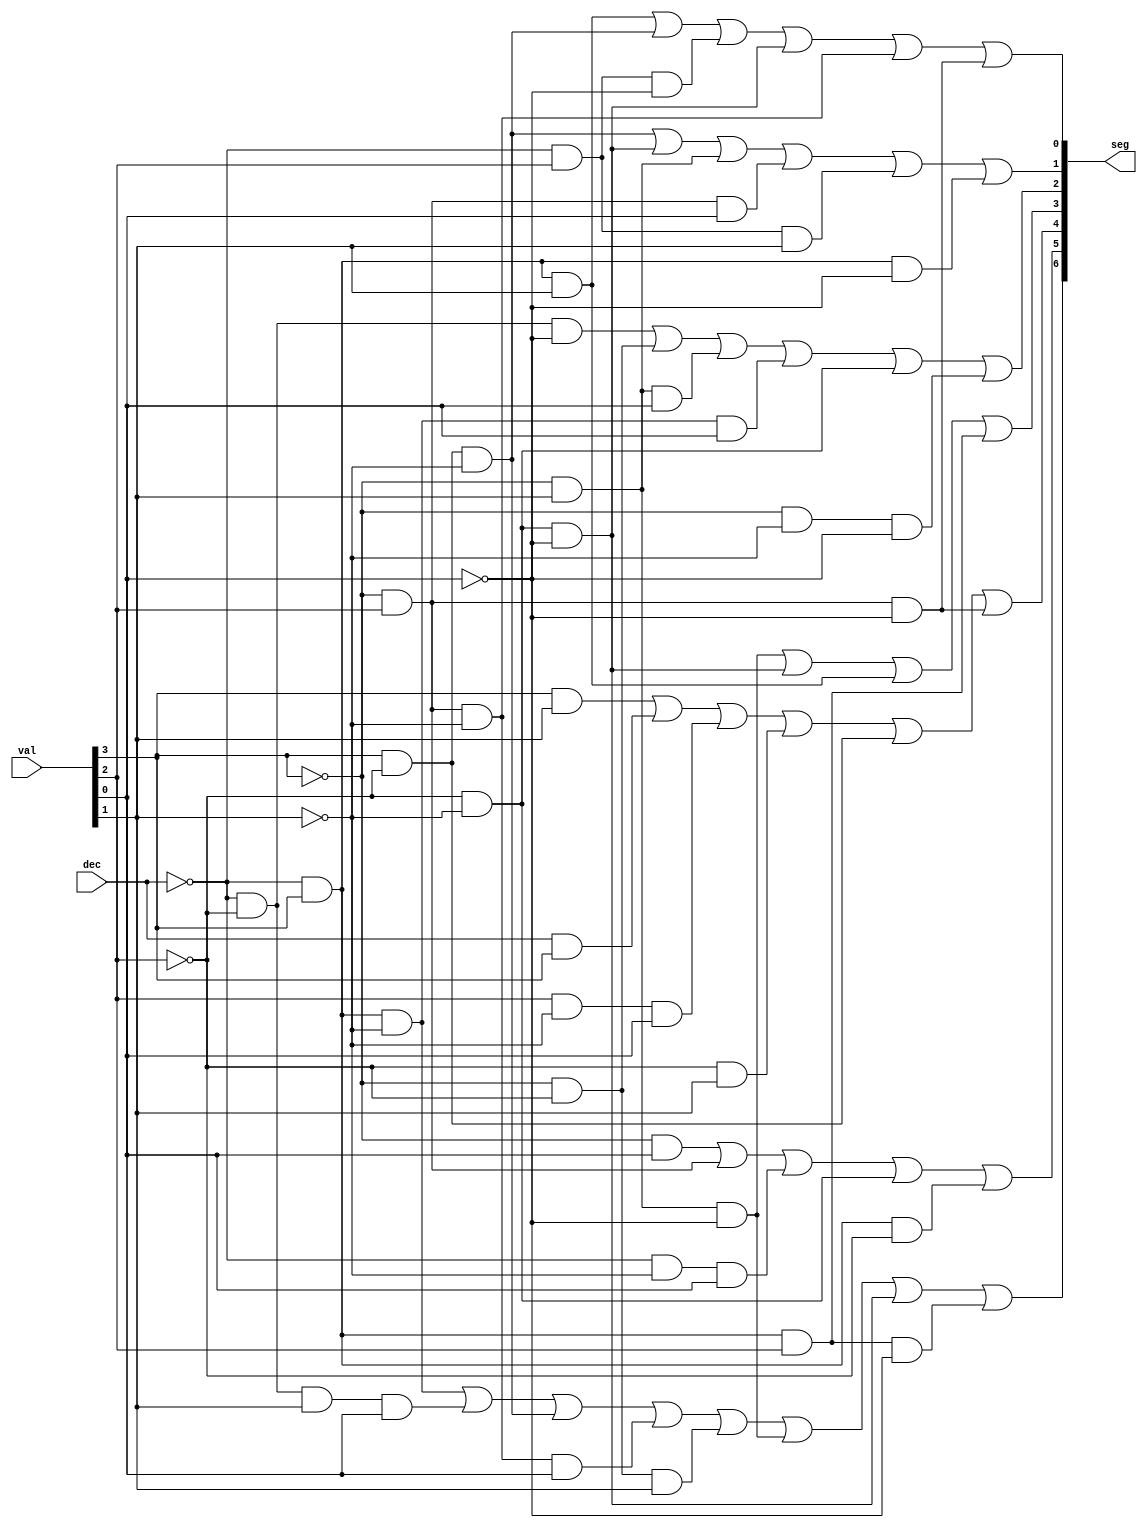
/*
PL_L0_BCD7.v - implements a purely async/combinatorial BCD to 7-segment converter.

val is a 4-bit input of the value we want to display
dec is 1 if we only want to display 0-9, 0 if we want 0-F. Values A-F when dec is 1 will just show "-"
- maybe blank later but for now do a - so we know something is being driven.
seg represents the 7 segments on the display, active high. Will probably invert to drive LEDs.

Where the segments are numbered thus:
     ___
  0 | 1 | 2
    |___|
  3 | 4 | 5
    |___|
      6

So 1 is the top one there, others should be pretty unambiguous.

Truth table: in all cases lsb to right
    dec  val   seg            seg(hex)
  0:  0  0000  1 1 0  1 1 1 1 (6F)
  1:  0  0001  0 1 0  0 1 0 0 (24)
  2:  0  0010  1 0 1  1 1 1 0 (5E)
  3:  0  0011  1 1 1  0 1 1 0 (76)
  4:  0  0100  0 1 1  0 1 0 1 (35)
  5:  0  0101  1 1 1  0 0 1 1 (73)
  6:  0  0110  1 1 1  1 0 1 1 (7B)
  7:  0  0111  0 1 0  0 1 1 0 (26)
  8:  0  1000  1 1 1  1 1 1 1 (7F)
  9:  0  1001  1 1 1  0 1 1 1 (77)
  A:  0  1010  0 1 1  1 1 1 1 (3F)
  B:  0  1011  1 1 1  1 0 0 1 (79)
  C:  0  1100  1 0 0  1 0 1 1 (4B)
  D:  0  1101  1 1 1  1 1 0 0 (7C)
  E:  0  1110  1 0 1  1 0 1 1 (5B)
  F:  0  1111  0 0 1  1 0 1 1 (1B)

  0:  1  0000  1 1 0  1 1 1 1 (6F)
  1:  1  0001  0 1 0  0 1 0 0 (24)
  2:  1  0010  1 0 1  1 1 1 0 (5E)
  3:  1  0011  1 1 1  0 1 1 0 (76)
  4:  1  0100  0 1 1  0 1 0 1 (35)
  5:  1  0101  1 1 1  0 0 1 1 (73)
  6:  1  0110  1 1 1  1 0 1 1 (7B)
  7:  1  0111  0 1 0  0 1 1 0 (26)
  8:  1  1000  1 1 1  1 1 1 1 (7F)
  9:  1  1001  1 1 1  0 1 1 1 (77)
  A:  1  1010  0 0 1  0 0 0 0 (10)
  B:  1  1011  0 0 1  0 0 0 0 (10)
  C:  1  1100  0 0 1  0 0 0 0 (10)
  D:  1  1101  0 0 1  0 0 0 0 (10)
  E:  1  1110  0 0 1  0 0 0 0 (10)
  F:  1  1111  0 0 1  0 0 0 0 (10)

  So how do I turn that into logic? Should I just do it the stupid way and let the tool chain optimize?
  That could be an interesting exercise OR since it's no longer 1988 and I don't have to do everything by hand
  maybe a tool like this could help: http://www.32x8.com/index.html

  per which
  seg 0 = y = A'D'E' + B'D'E' + B'CD' + B'CE' + BC'D' + A'BD
  seg 1 = y = B'D + B'C'E' + B'CE + A'CD + BC'D' + A'BE'
  seg 2 = y = B'C' + C'D' + A'C'E' + B'D'E' + B'DE + A'BD'E
  seg 3 = y = C'D'E' + B'DE' + A'BD + A'BC
  seg 4 = y = C'D + DE' + BC' + BE + AB + B'CD'
  seg 5 = y = C'D' + B'E + B'C + A'D'E + A'BC'
  seg 6 = y = B'C'E' + B'C'D + B'DE' + A'BD' + BC'D' + A'C'DE + B'CD'E + A'CDE'

  where A = dec, B = val[3], ... E = val[0]

  Let's try a show of it thru yosys like this from https://rhye.org/post/fpgas-for-software-engineers-0-basics/

yosys -q << EOF
read_verilog PL_L0_BCD7.v; // Read in our verilog file
hierarchy -check; // Check and expand the design hierarchy
proc; opt; // Convert all processes in the design with logic, then optimize
fsm; opt;  // Extract and optimize the finite state machines in the design
synth_ice40 -top top_test;  //will this work? sean adds
show -stretch PL_L0_BCD7; // Generate and display a graphviz output of the BCD to 7seg module (sean adds stretch to put all inputs at left, outs at right)
EOF
*/


`default_nettype none

module PL_L0_BCD7(
    input wire[3:0] val,
    input wire dec,
    output reg[6:0] seg
);

    //Here is the combinatorial logic for the BCD to 7 seg converter.
    //should trigger whenever the value or dec flag changes.
    always @(val, dec) begin
        //values from truth_2_logic - worky! QuineMcCluskey version
        seg[6] = (~dec & val[3] & ~val[1]) | (~dec & ~val[2] & val[1] & val[0]) | (val[3] & ~val[2] & ~val[1]) | (~val[3] & val[2] & ~val[1] & val[0]) | (~val[3] & ~val[2] & val[1]) | (~val[3] & val[1] & ~val[0]) | (~val[2] & ~val[1] & ~val[0]) | (~dec & val[3] & val[2] & ~val[0]);
        seg[5] = (~val[3] & val[0]) | (~val[3] & val[2]) | (~dec & ~val[1] & val[0]) | (~val[2] & ~val[1]) | (~dec & val[3] & ~val[2]);
        seg[4] = (val[3] & val[1]) | (dec & val[3]) | (val[2] & ~val[1] & val[0]) | (~val[2] & val[1]) | (val[3] & ~val[2]) | (~val[3] & val[2] & ~val[0]);
        seg[3] = (~val[3] & val[1] & ~val[0]) | (~val[2] & ~val[1] & ~val[0]) | (~dec & val[3] & val[1]) | (~dec & val[3] & val[2]);
        seg[2] = (~dec & ~val[2] & ~val[0]) | (~val[3] & ~val[2]) | (~val[3] & val[1] & val[0]) | (~dec & val[3] & ~val[1] & val[0]) | (~val[2] & ~val[1]) | (~val[3] & ~val[1] & ~val[0]);
        seg[1] = (val[3] & ~val[2] & ~val[1]) | (~val[2] & ~val[1] & ~val[0]) | (~val[3] & val[1]) | (~val[3] & val[2] & val[0]) | (~dec & val[2] & val[1]) | (~dec & val[3] & ~val[0]);
        seg[0] = (~dec & val[3] & val[1]) | (val[3] & ~val[2] & ~val[1]) | (~dec & val[2] & ~val[0]) | (~val[2] & ~val[1] & ~val[0]) | (~val[3] & val[2] & ~val[1]) | (~val[3] & val[2] & ~val[0]);
    end
endmodule